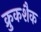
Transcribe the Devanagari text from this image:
क्रुकशैक